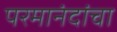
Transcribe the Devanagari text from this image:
परमानंदांचा